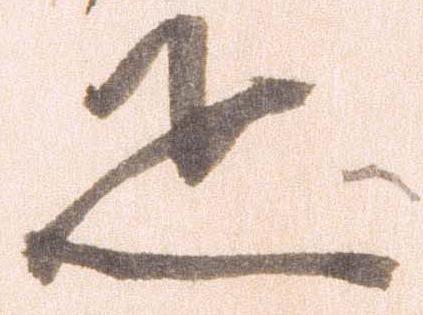
疋